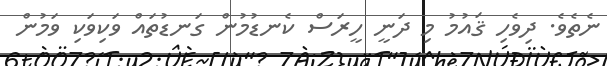
ނެތެވެ. ދިވެހި ޤައުމު މި ދަނީ ހީރަސް ކެނޑުމުން ގަނޑުތައް ވަކިވަކި ވަމުން